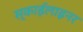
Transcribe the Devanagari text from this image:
स्काईलाइनर